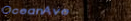
OceanAve